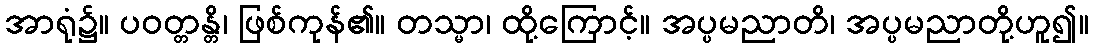
အာရုံ၌။ ပဝတ္တန္တိ၊ ဖြစ်ကုန်၏။ တသ္မာ၊ ထို့ကြောင့်။ အပ္ပမညာတိ၊ အပ္ပမညာတို့ဟူ၍။